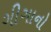
ગીગાનો